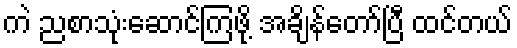
ကဲ ညစာသုံးဆောင်ကြဖို့ အချိန်တော်ပြီ ထင်တယ်